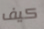
كيف